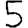
Digit: 5